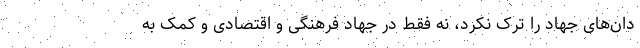
دان‌های جهاد را ترک نکرد، نه فقط در جهاد فرهنگی و اقتصادی و کمک به